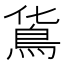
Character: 𩾹